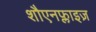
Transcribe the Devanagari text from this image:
शौएनफ्लाइज़